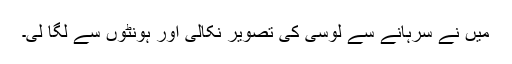
میں نے سرہانے سے لوسی کی تصویر نکالی اور ہونٹوں سے لگا لی۔